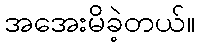
အအေးမိခဲ့တယ်။